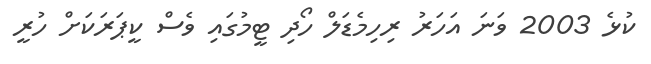
ކުޅެ 2003 ވަނަ އަހަރު ރިހިމެޑަލް ހޯދި ޓީމުގައި ވެސް ކީޕަރަކަށް ހުރީ